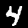
Digit: 4